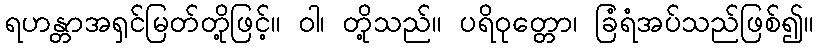
ရဟန္တာအရှင်မြတ်တို့ဖြင့်။ ဝါ၊ တို့သည်။ ပရိဝုတ္တော၊ ခြံရံအပ်သည်ဖြစ်၍။